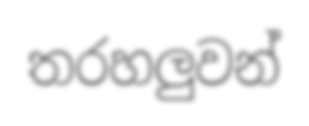
තරහලුවන්